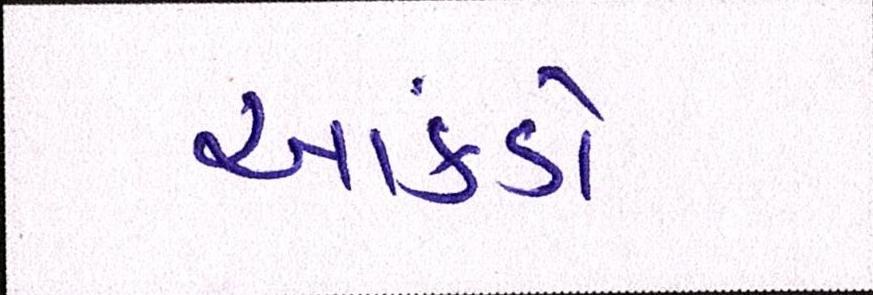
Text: આંકડો